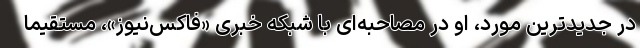
در جدیدترین مورد، او در مصاحبه‌ای با شبکه خبری «فاکس‌نیوز»، مستقیماً